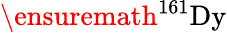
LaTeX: \ensuremath{^{161}}\mathrm{Dy}